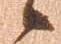
候